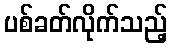
ပစ်ခတ်လိုက်သည့်